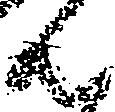
ん